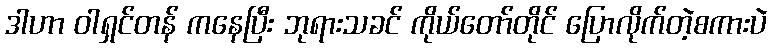
ဒါဟာ ဝါရှင်တန် ကနေပြီး ဘုရားသခင် ကိုယ်တော်တိုင် ပြောလိုက်တဲ့စကားပဲ